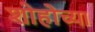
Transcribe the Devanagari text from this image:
शोहोच्या